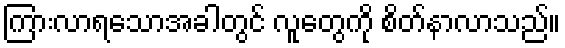
ကြားလာရသောအခါတွင် လူတွေကို စိတ်နာလာသည်။